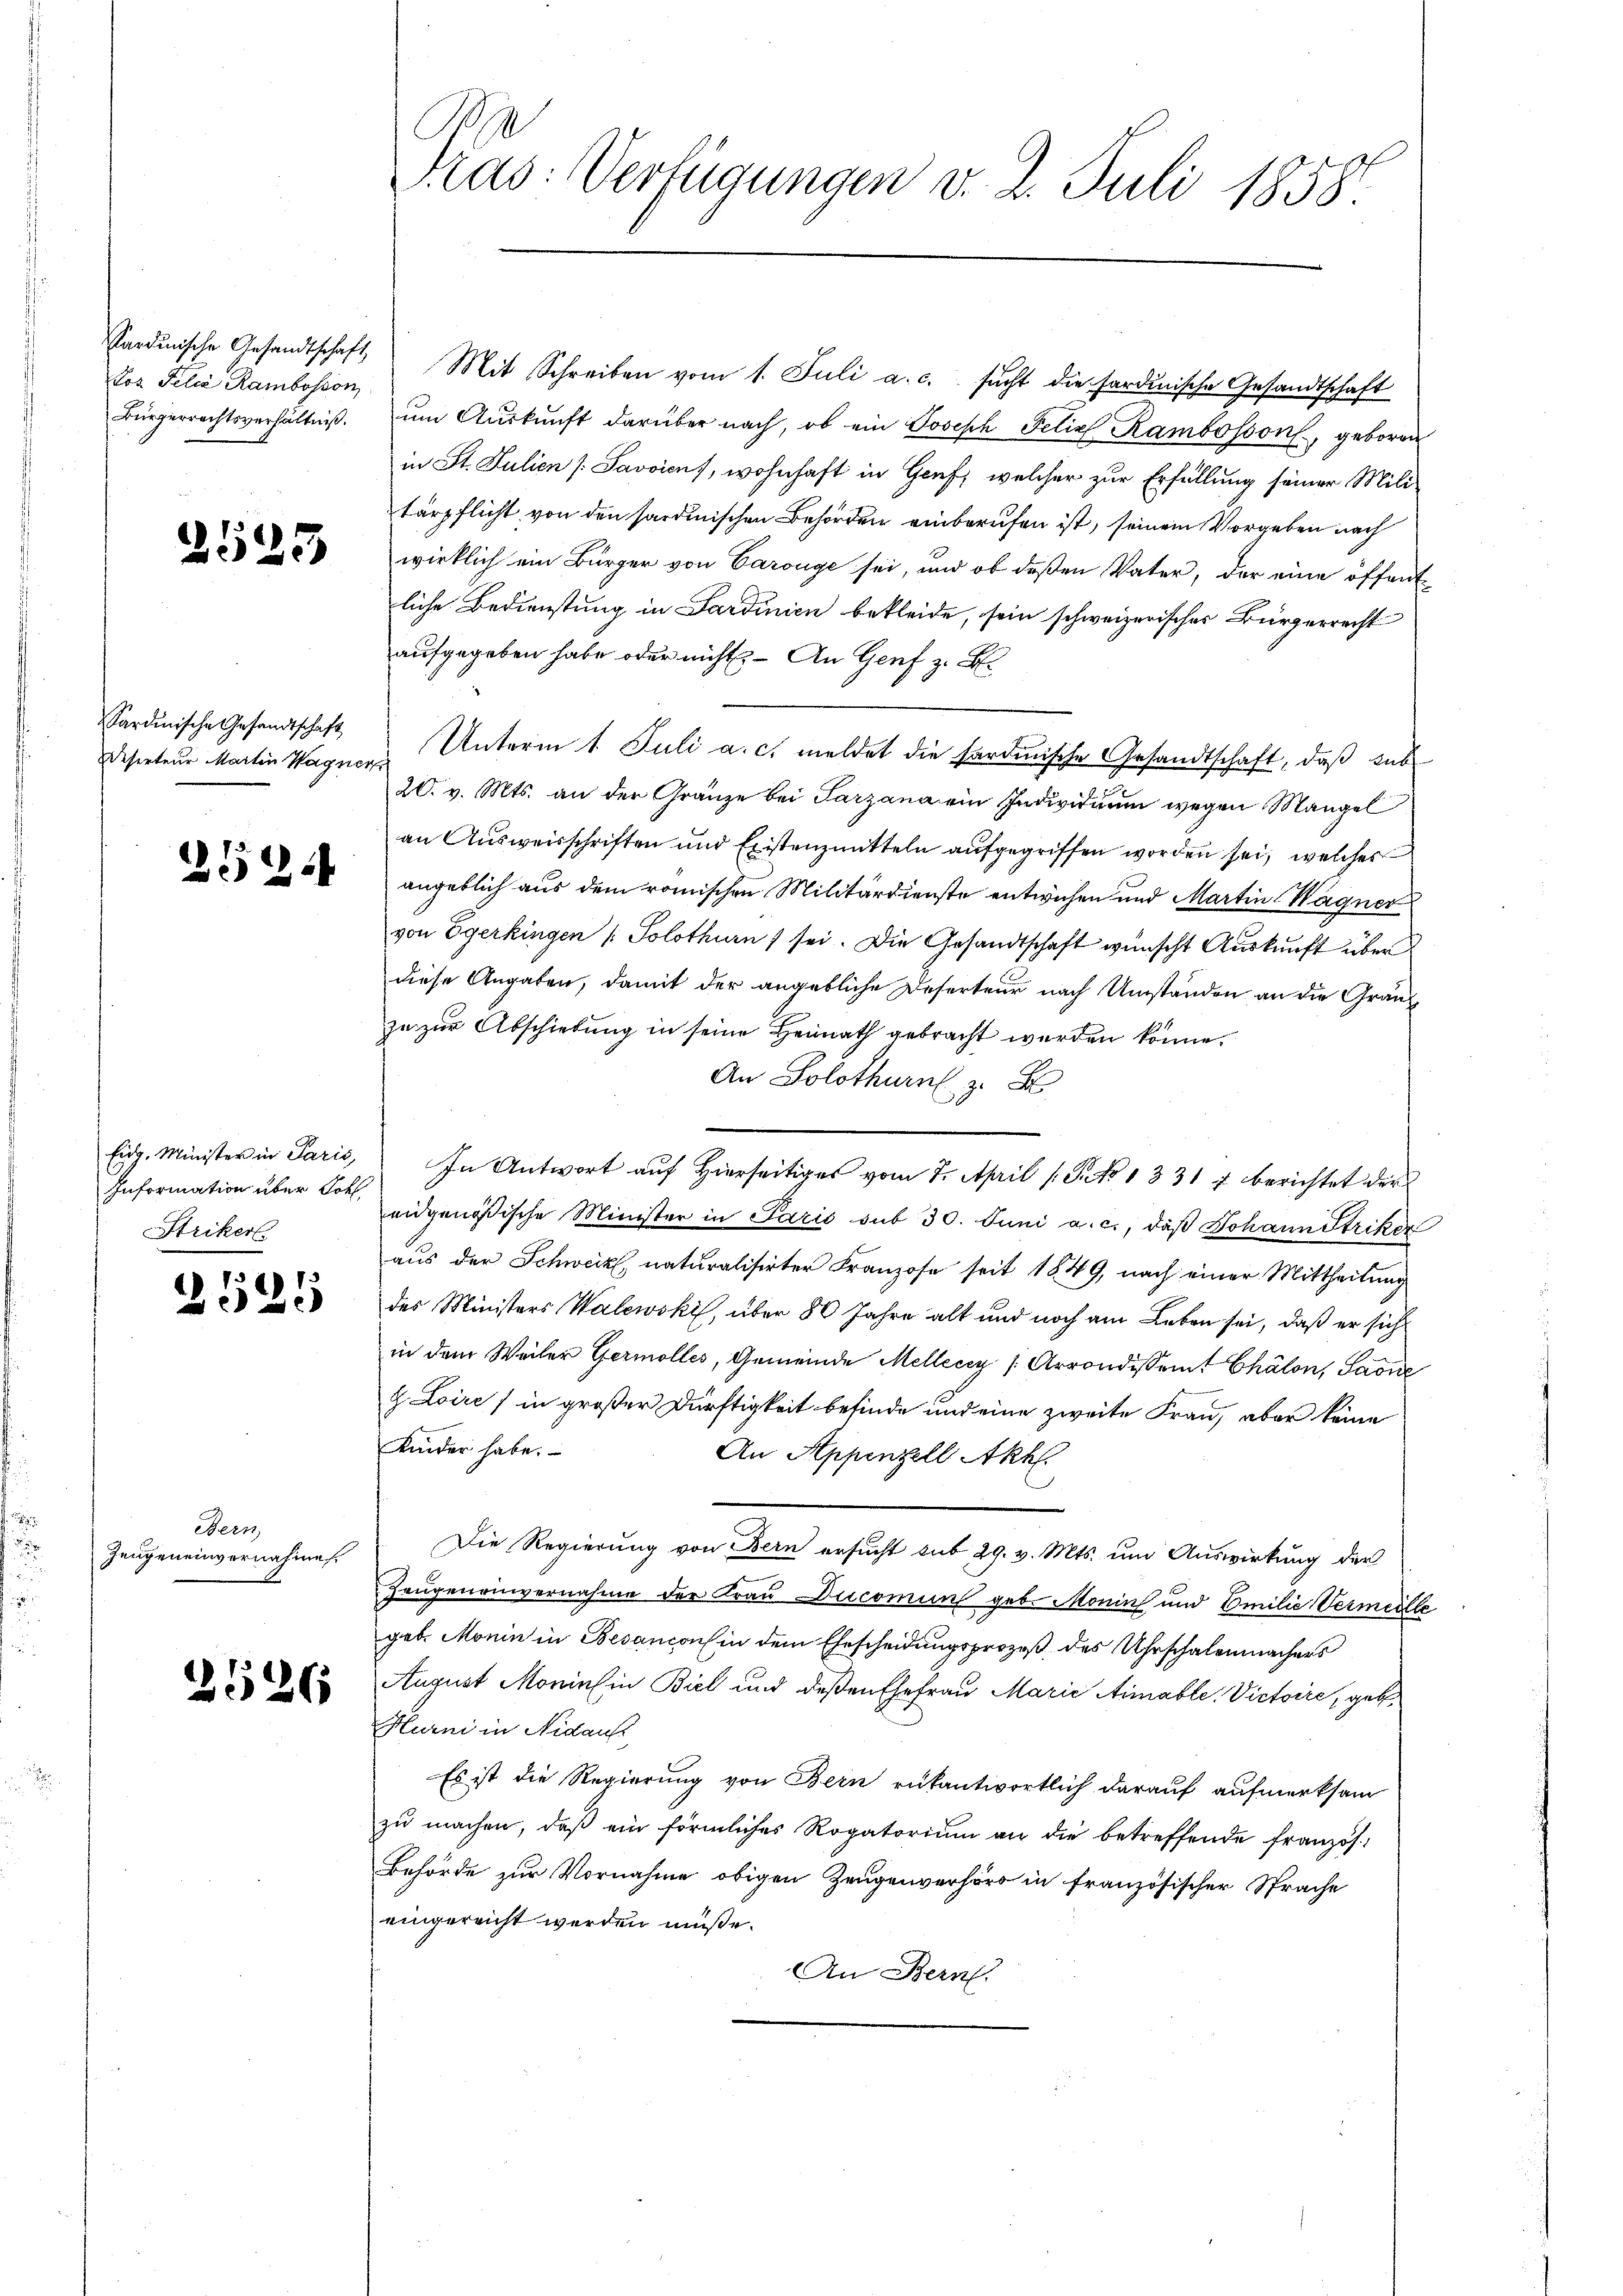
tos Felia Rambosson
Bürgerrechtsverhältniß.

2523

Sardinische Gesandtschaft
Deserteur Martin Wagner

2121

Eidg. Minister in Paris,
Information über Lobl.
Striker.

1
25

Bern
Zeugeneinvernahme

2526

Pras: Verfügungen v. 2. Juli 1858.

Sardinische Gesandtschaft Mit Schreiben vom 1. Juli a. c. sucht die sardinische Gesandtschaft
um Auskunft darüber nach, ob ein Joseph Felix Rambosson, geboren
in St. Julien [Savoicus, wohnhaft in Genf, welcher zur Erfüllung seiner Mili-
tärpflicht von den sardinischen Behörden einberufen ist, seinem Vorgeben nach
wirklich ein Bürger von Carouge sei, und ob deßen Vater, der eine öffentliche Bedienstung in Sardinien bekleide, sein schweizerisches Bürgerrecht
aufgegeben habe oder nicht. — An Genf z. B.
Unterm 1. Juli a. c. meldet die sardinische Gesandtschaft, daß zub
20. v. Mts. an der Gränze bei Tarzana ein Individuum wegen Mangel
an Ausweisschriften und Existenzmitteln aufgegriffen worden sei, welches
angeblich aus dem römischen Militärdienste entwichen und Martin Wagner
von Egerkingen Solothurn sei. Die Gesandtschaft wünscht Auskunft über
diese Angaben, damit der angebliche Deserteur nach Umständen an die Gränzzu zur Abschiebung in seine Heimath gebracht werden könne.
An Solothurn z. B
In Antwort auf Hierseitiges vom 7. April (S. 1331 7 berichtet der
eidgenössische Minister in Paris sub 30. Juni a. c., daß Johann Striker
aus der Schweiz, naturalisirter Franzose seit 1849, nach einer Mittheilung
des Ministers Walewski, über 80 Jahre alt und noch am Leben sei, daß er sich
in dem Weiler Germolles, Gemeinde Mellicey [Arrondisseit Chälon, Saone
 Loire / in großer Dürftigkeit befinde und eine zweite Frau, aber keine
Kinder habe.
An Appenzell Akhl.
Die Regierung von Bern ersucht sub 29. v. Mts. um Auswirkung der
Zeugenauvernahme der Frau Ducomin geb. Monis und Emilie Vermeille
geb. Monin in Besanconin dem Ehescheidungsprozeß des Uhrschalenmachers
August Monin in Biel und deßen Ehefrau Marie Aimable. Victoire, geb.
Hurni in Nidau
Es ist die Regierung von Bern rükantwortlich darauf aufmerksam
zŭ machen, daβ ein förmliches Rogatorium an die betreffende französ.
Behörde zur Vornahme obigen Zeugenverhörs in französischer Sprache
eingereicht werden müße.
An Bern.